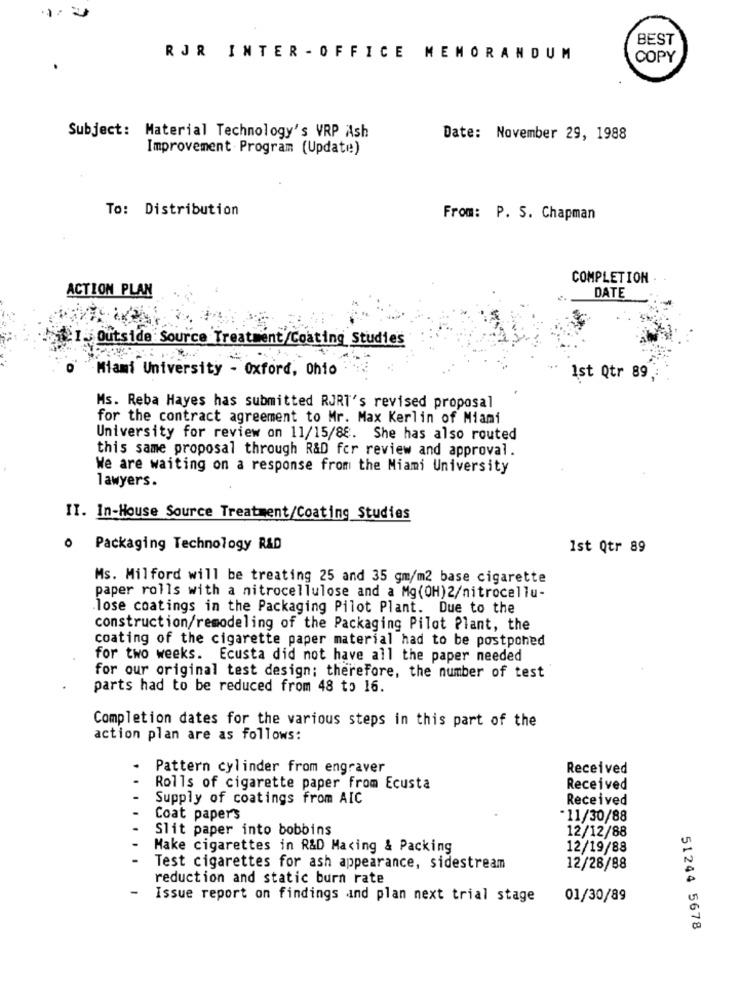
BEST
RJR INTER - OFFICE MEMORANDUM
COPY
Subject: Material Technology's VRP Ash
Date: November 29, 1988
Improvement Program (Update)
To: Distribution
From: P. S. Chapman
COMPLETION .
ACTION PLAN
DATE
I-Outside Source Treatment/Coating Studies
Miami University - Oxford, Ohio
Ist Qtr 89,
Ms. Reba Hayes has submitted RJRT's revised proposal
for the contract agreement to Mr. Max Kerlin of Miami
University for review on 11/15/88. She has also routed
this same proposal through R&D for review and approval.
We are waiting on a response from the Miami University
lawyers.
II. In-House Source Treatment/Coating Studies
o Packaging Technology R&D
Ist Qtr 89
Ms. Milford will be treating 25 and 35 gm/m2 base cigarette
paper rolls with a nitrocellulose and a Mg(OH)2/nitrocellu-
.lose coatings in the Packaging Pilot Plant. Due to the
construction/remodeling of the Packaging Pilot Plant, the
coating of the cigarette paper material had to be postponed
for two weeks. Ecusta did not have all the paper needed
for our original test design; therefore, the number of test
parts had to be reduced from 48 to 16.
Completion dates for the various steps in this part of the
action plan are as follows:
Pattern cylinder from engraver
Received
Rolls of cigarette paper from Ecusta
Received
Supply of coatings from AIC
Received
Coat papers
·11/30/88
Slit paper into bobbins
12/12/88
Make cigarettes in R&D Macing & Packing
12/19/88
Test cigarettes for ash appearance, sidestream
12/28/88
reduction and static burn rate
Issue report on findings and plan next trial stage
01/30/89
51244 5678